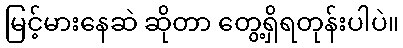
မြင့်မားနေဆဲ ဆိုတာ တွေ့ရှိရတုန်းပါပဲ။